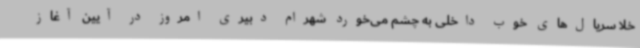
خلا سریال‌های خوب داخلی به چشم می‌خورد شهرام دبیری امروز در آیین آغاز